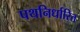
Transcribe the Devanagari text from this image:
पथनिर्धारित